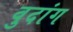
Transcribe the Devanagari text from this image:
वुदांग